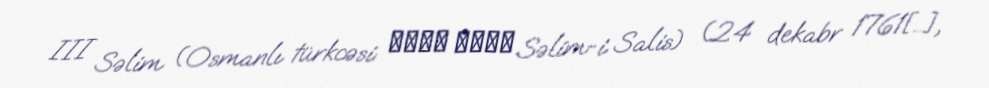
III Səlim (Osmanlı türkcəsi: سليم ثالث Səlim-i Salis) (24 dekabr 1761[…],